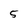
Character: 5